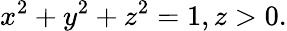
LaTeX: x^{2}+y^{2}+z^{2}=1,z>0.